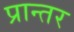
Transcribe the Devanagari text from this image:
प्रान्तर